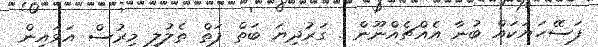
ފަސޭހަޔަކައް ބުނާ އެއްޗެއްނޫން . ގަރުދިޔަ ބަތް ފަތް ތެލުލި މިރުސް އަޅައިން